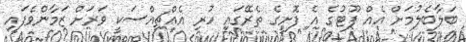
ބަލާބެލުމަށް އެއް ފޫޓުގެ އެ ފޮށީގެ ތެރޭގައި ހުރި އެއްޗިއްސަކީ ވަރަށް ޒަމާންވެފައި